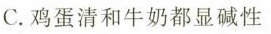
C.鸡蛋清和牛奶都显碱性